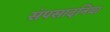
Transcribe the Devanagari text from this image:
संपसादनिया